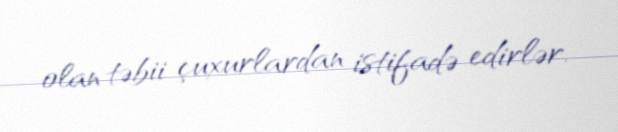
olan təbii çuxurlardan istifadə edirlər.